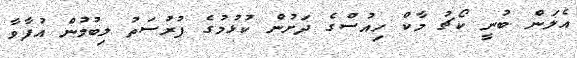
އެލަން ބުނީ ކޯޗު މާކް ހިއުސްގެ ދަށުން ކުޅުމުގެ ފުރުސަތު ލިބުމުން އުފާވާ